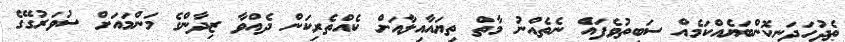
ޠެދުހަދަނިިކޮންބަޔެއްކަމެއް ސަަބިތުވެފައެް ނެތެއްްނު މާތް ތިޔައާއިލާއަށް ކެއްތެރިކަން ދެއްވާ ޒިދާންގެ މަންމައަށް ސުވަރުގޭގެ